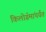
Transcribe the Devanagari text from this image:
किलोग्रॅमांपर्यंत